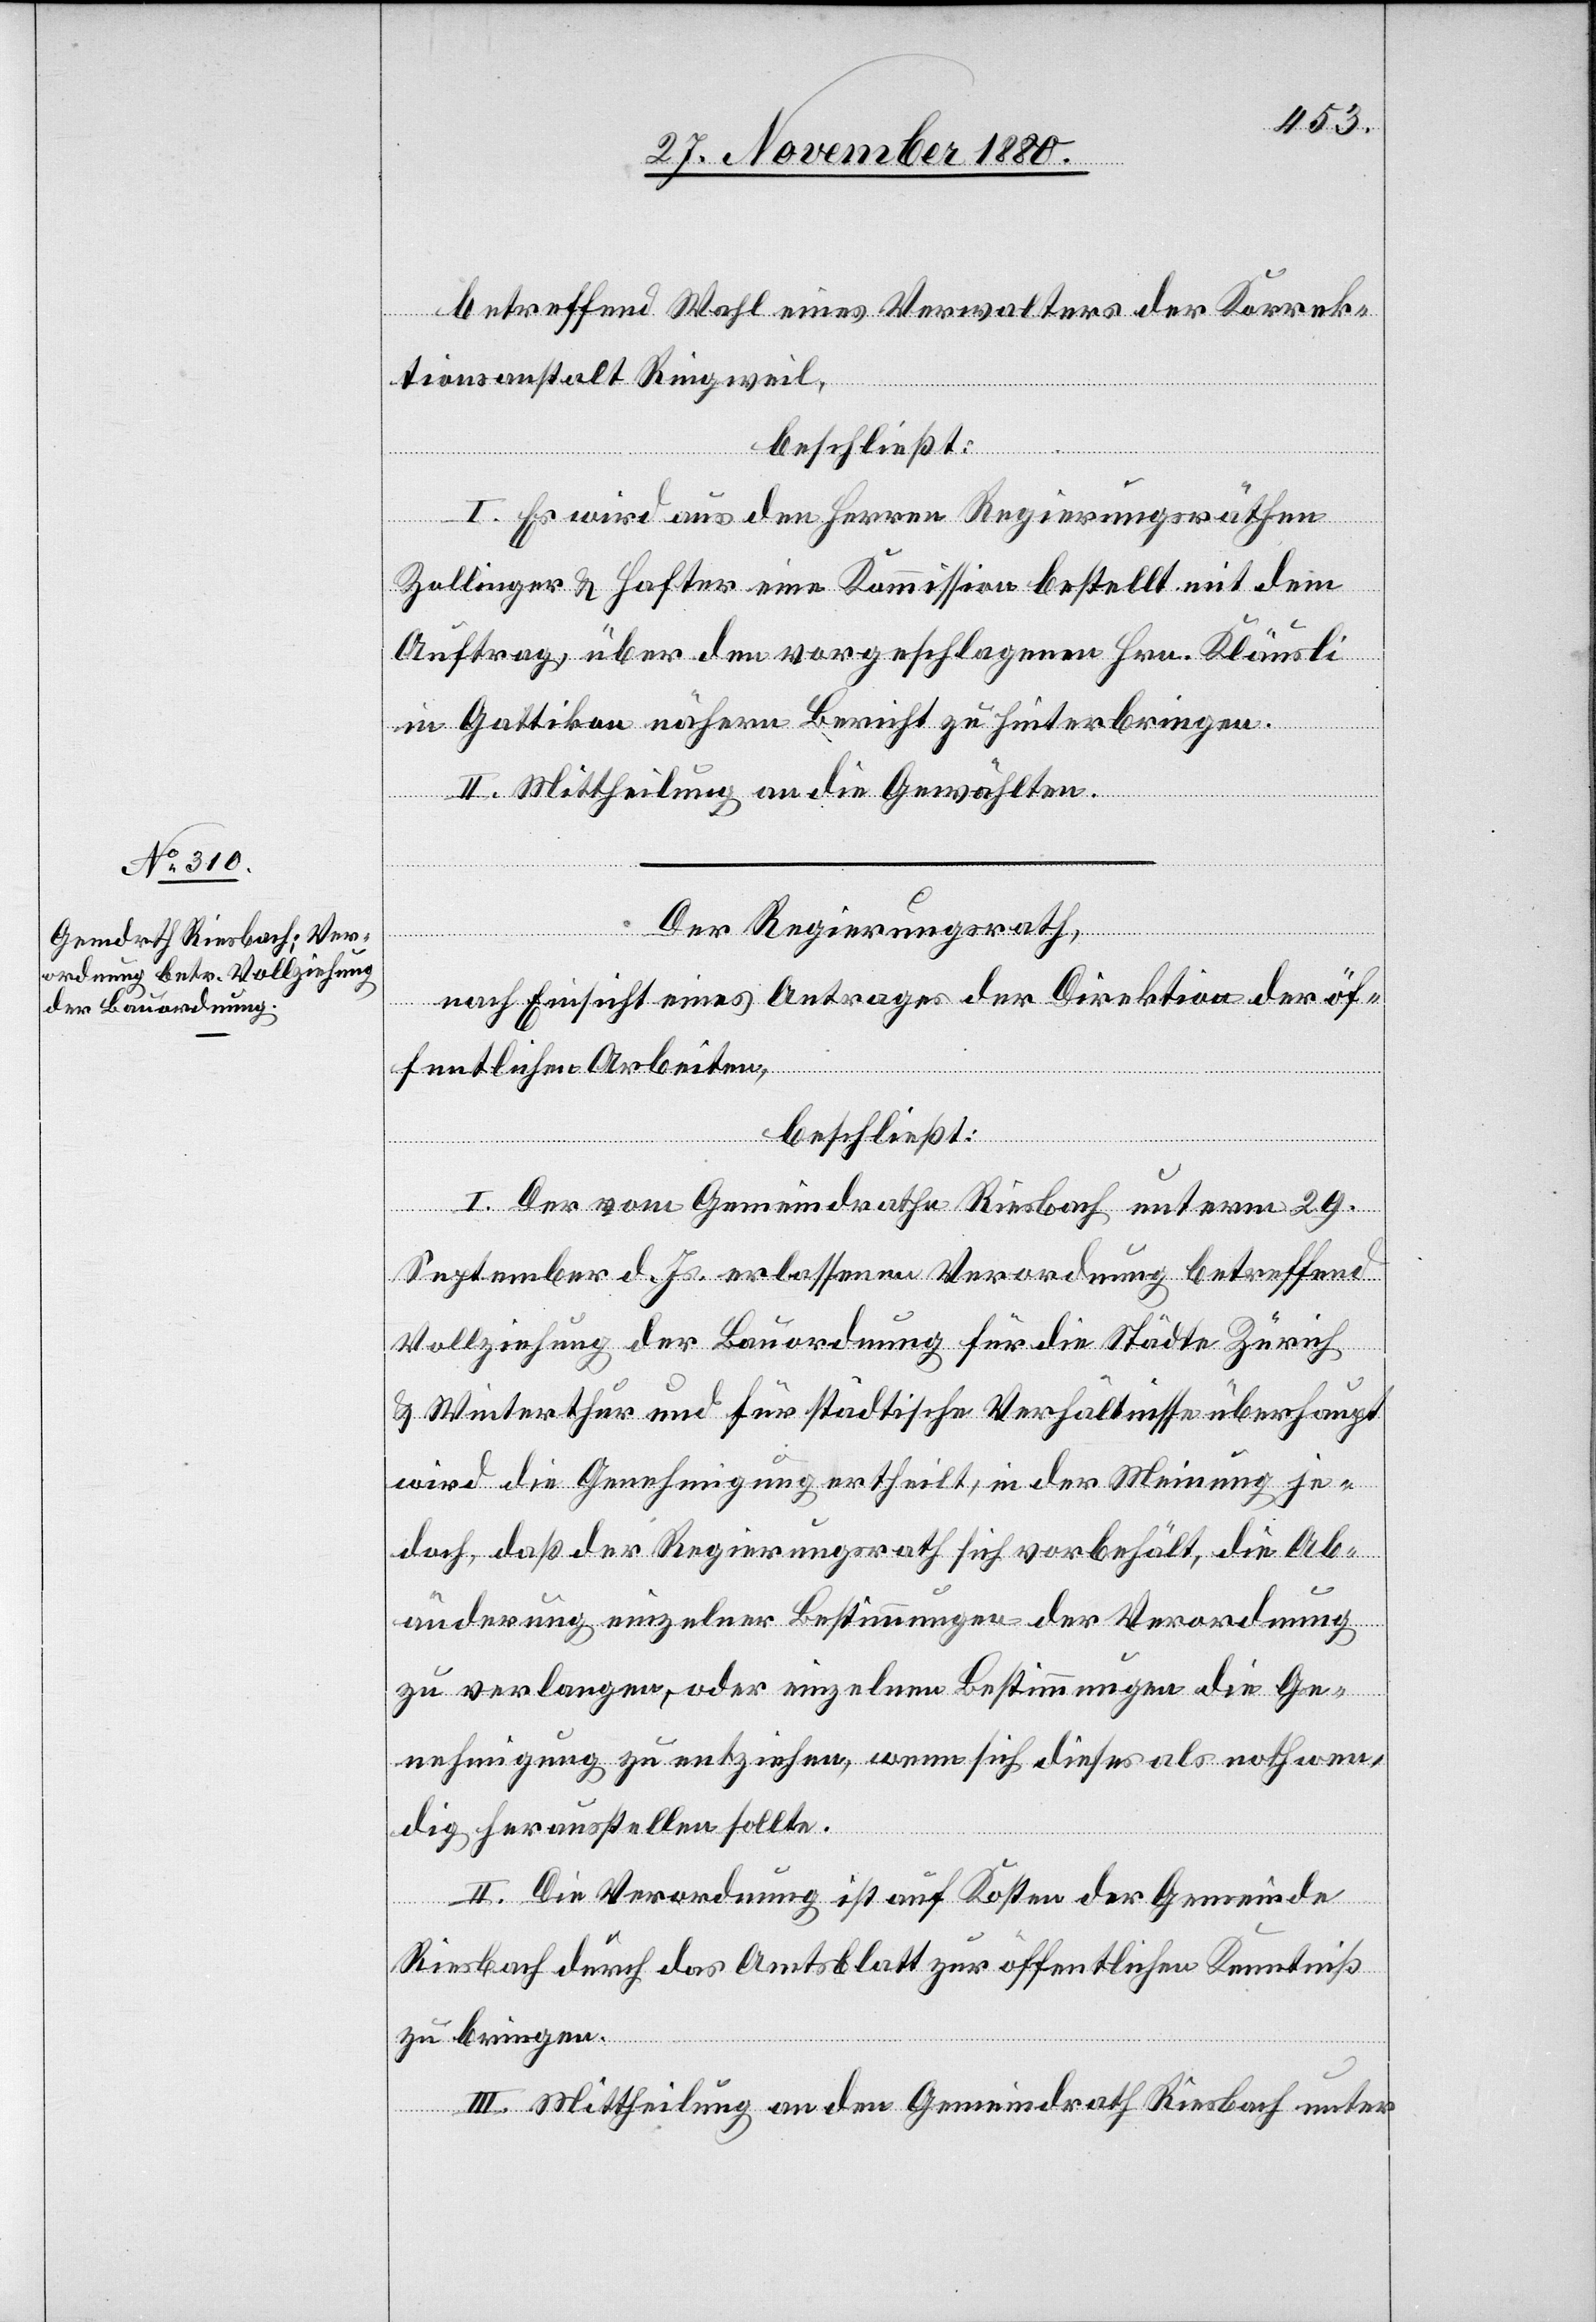
betreffend Wahl eines Verwalters der Korrek¬
tionsanstalt Ringweil,
beschließt:
I. Es wird aus den Herren Regierungsräthen
Zollinger & Hafter eine Kommission bestellt mit dem
Auftrag über den vorgeschlagenen Hrn. Kläusli
in Gattikon nähern Bericht zu hinterbringen.
II. Mittheilung an die Gewählten.
Der Regierungsrath,
nach Einsicht eins Antrages der Direktion der öf¬
fentlichen Arbeiten,
beschließt:
I. Der vom Gemeindrathe Riesbach unterm 29.
September d. Js. erlassenen Verordnung betreffend
Vollziehung der Bauordnung für die Städte Zürich
& Winterthur und für städtische Verhältnisse überhaupt
wird die Genehmigung ertheilt, in der Meinung je¬
doch, daß der Regierungsrath sich vorbehält, die Ab¬
änderung einzelner Bestimmungen der Verordnung
zu verlangen, oder einzelnen Bestimmungen die Ge¬
nehmigung zu entziehen, wenn sich dieses als nothwen¬
dig herausstellen sollte.
II. Die Verordnung ist auf Kosten der Gemeinde
Riesbach durch das Amtsblatt zur öffentlichen Kenntniß
zu bringen.
III. Mittheilung an den Gemeindrath Riesbach unter